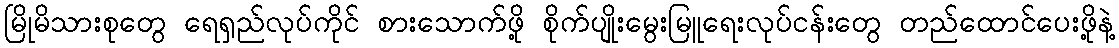
မြိုမိသားစုတွေ ရေရှည်လုပ်ကိုင် စားသောက်ဖို့ စိုက်ပျိုးမွေးမြူရေးလုပ်ငန်းတွေ တည်ထောင်ပေးဖို့နဲ့